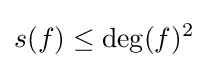
s(f)\leq \deg(f)^{2}